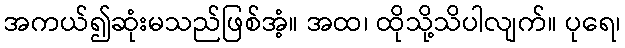
အကယ်၍ဆုံးမသည်ဖြစ်အံ့။ အထ၊ ထိုသို့သိပါလျက်။ ပုရေ၊